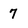
Character: 7